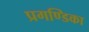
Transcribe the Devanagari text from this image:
प्रगण्डिका